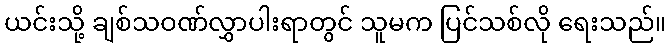
ယင်းသို့ ချစ်သဝဏ်လွှာပါးရာတွင် သူမက ပြင်သစ်လို ရေးသည်။